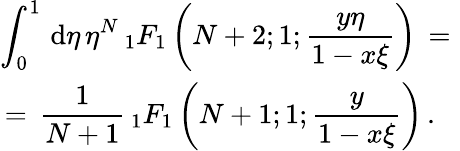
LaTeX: \begin{array}{l}{\displaystyle\int_{0}^{1}\, \mathrm{d}\eta\, \eta^{N}\, {}_{1}F_{1}\left(N+2;1;\frac{y\eta}{1-x\xi}\right)\, =\, \, }\\ {\displaystyle\, =\, \frac 1{N+1}\, {}_{1}F_{1}\left(N+1;1;\frac{y}{1-x\xi}\right)\, .}\end{array}